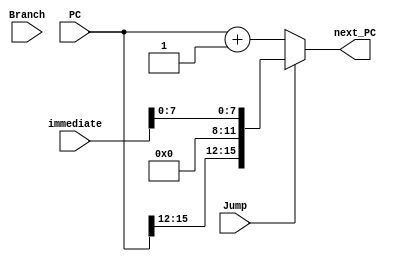
`define WORD_SIZE 16

module PC_control(
    input [`WORD_SIZE-1:0] PC,
    output [`WORD_SIZE-1:0] next_PC,
    input Jump,
    input Branch,
    input [`WORD_SIZE-1:0] immediate
);

    //wire [`WORD_SIZE-1:0] branch_PC;
    
    //assign branch_PC = Branch ? PC+immediate : PC+1;
    assign next_PC = Jump ? {PC[15:12], {4{1'b0}}, immediate[7:0]} : PC+1;   
    
endmodule